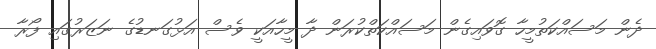
ދެން މަސައްކަތުމީހާ ގޮވައިގެން މަސައްކަތްކުރަން ދާ މީހާއަކީ ވެސް އަޅުގަނޑުގެ ނަޒަރުގައި ފޯރާ